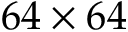
6 4 \times 6 4